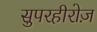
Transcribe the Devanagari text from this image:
सुपरहीरोज़